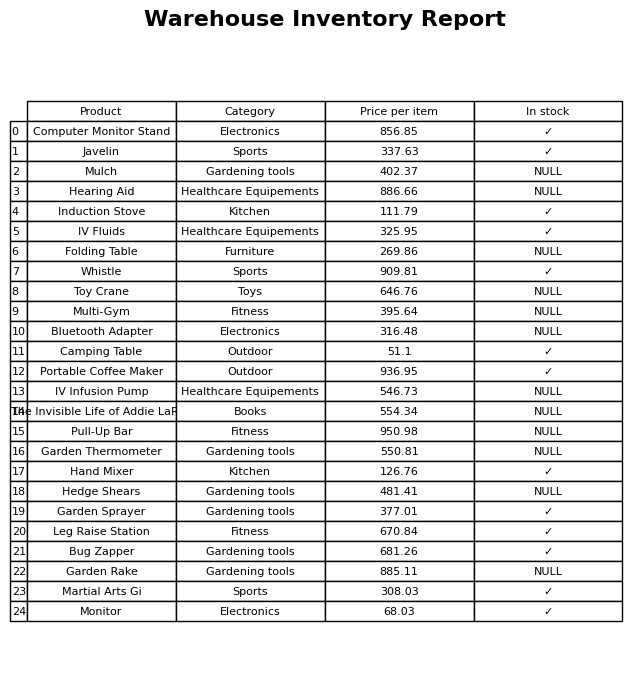
question: Which products are currently out of stock?
answer: Mulch, Hearing Aid, Folding Table, Toy Crane, Multi-Gym, Bluetooth Adapter, IV Infusion Pump, The Invisible Life of Addie LaRue, Pull-Up Bar, Garden Thermometer, Hedge Shears, Garden Rake